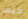
كيف